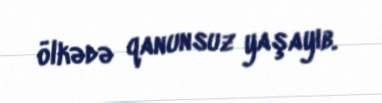
ölkədə qanunsuz yaşayıb.